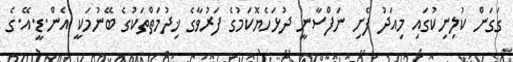
ގަގަން ކުލިނިކުގައި މިއަދު ފެށި ނަފްސާނީ ދުޅަހެޔޮކަމުގެ ފަރުވާގެ ޚިދުމަތްތަކުގެ ބޭނުމަކީ އެން.ޑީ.އޭ.ގެ